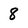
Character: 8